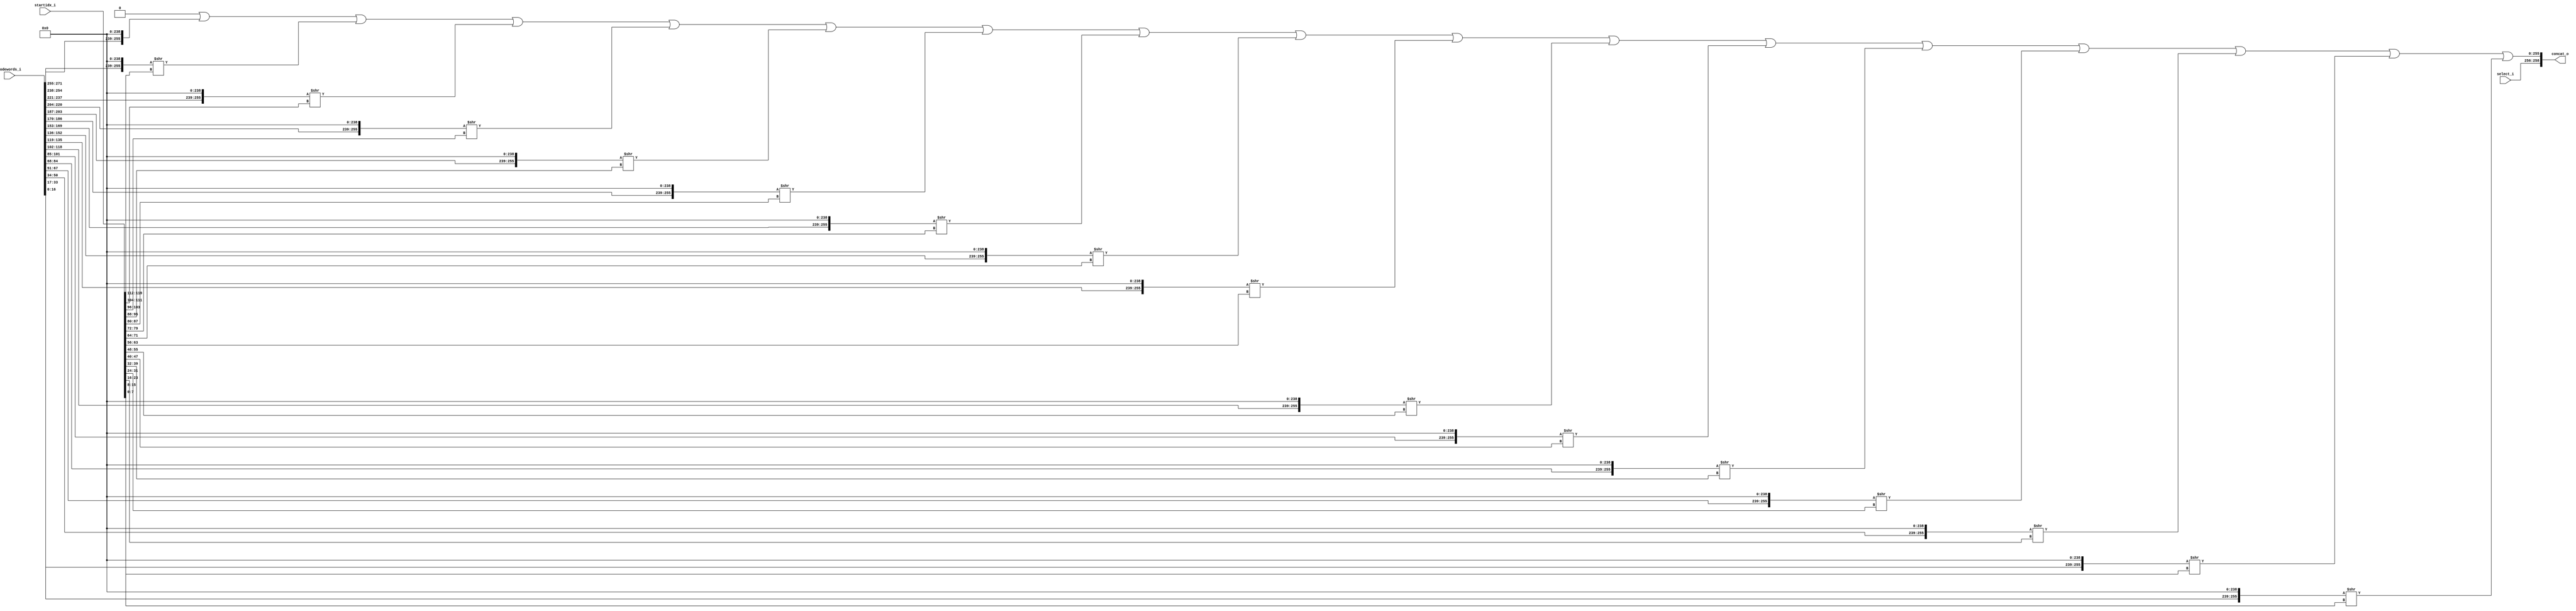
module CONCAT #(
  parameter     NUM_CLUSTERS = 8,
  parameter     NUM_ENCODED_LINES = 16
)(
  input   wire  [271:0]                               codewords_i,
  input   wire  [119:0]                               startidx_i,
  input   wire  [$clog2(NUM_CLUSTERS) - 1 : 0]        select_i,

  output  wire  [256 + $clog2(NUM_CLUSTERS) - 1 : 0]  concat_o
);
// synopsys template

  // rename input
  wire  [255:0]  codewords[0:NUM_ENCODED_LINES-1];
  wire  [  7:0]  startidx[1:NUM_ENCODED_LINES-1];
  genvar i;
  generate
    for (i = 0; i < NUM_ENCODED_LINES; i = i + 1) begin : input_rename
      assign codewords[i] = {codewords_i[(NUM_ENCODED_LINES - i) * 17 - 1 : (NUM_ENCODED_LINES - i - 1) * 17], 239'd0};
      if (i >= 1) begin : startidx_rename
        assign startidx[i] = startidx_i[(NUM_ENCODED_LINES - i) *  8 - 1 : (NUM_ENCODED_LINES - i - 1) *  8];
      end
    end
  endgenerate

  // shift
  wire  [255:0] shiftedWords[0:NUM_ENCODED_LINES-1];
  assign shiftedWords[0] = codewords[0];
  genvar j;
  generate
    for (j = 1; j < NUM_ENCODED_LINES; j = j + 1) begin : berrel_shift
      assign shiftedWords[j] = codewords[j] >> startidx[j];
    end
  endgenerate

  // bit-wise OR
  integer k;
  reg [255:0]  concat;
  always @(*) begin
    concat = 'd0;
    for (k = 0; k < NUM_ENCODED_LINES; k = k + 1) begin
      concat = concat | shiftedWords[k];
    end
  end
  assign concat_o = {select_i, concat};
endmodule